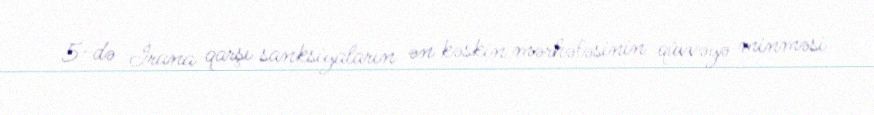
5-də İrana qarşı sanksiyaların ən kəskin mərhələsinin qüvvəyə minməsi